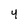
Character: 4